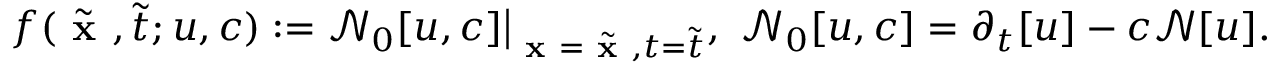
f ( \tilde { \textbf { x } } , \tilde { t } ; u , c ) : = \mathcal { N } _ { 0 } [ u , c ] \big | _ { \textbf { x } = \tilde { \textbf { x } } , t = \tilde { t } } , \ \mathcal { N } _ { 0 } [ u , c ] = \partial _ { t } [ u ] - c \mathcal { N } [ u ] .